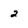
Character: 2